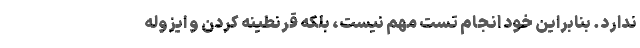
ندارد. بنابراین خود انجام تست مهم نیست، بلکه قرنطینه کردن و ایزوله